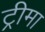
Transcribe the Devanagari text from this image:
ट्रीमा